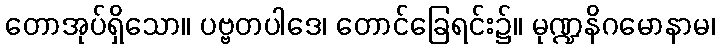
တောအုပ်ရှိသော။ ပဗ္ဗတပါဒေ၊ တောင်ခြေရင်း၌။ မုဏ္ဍနိဂမောနာမ၊